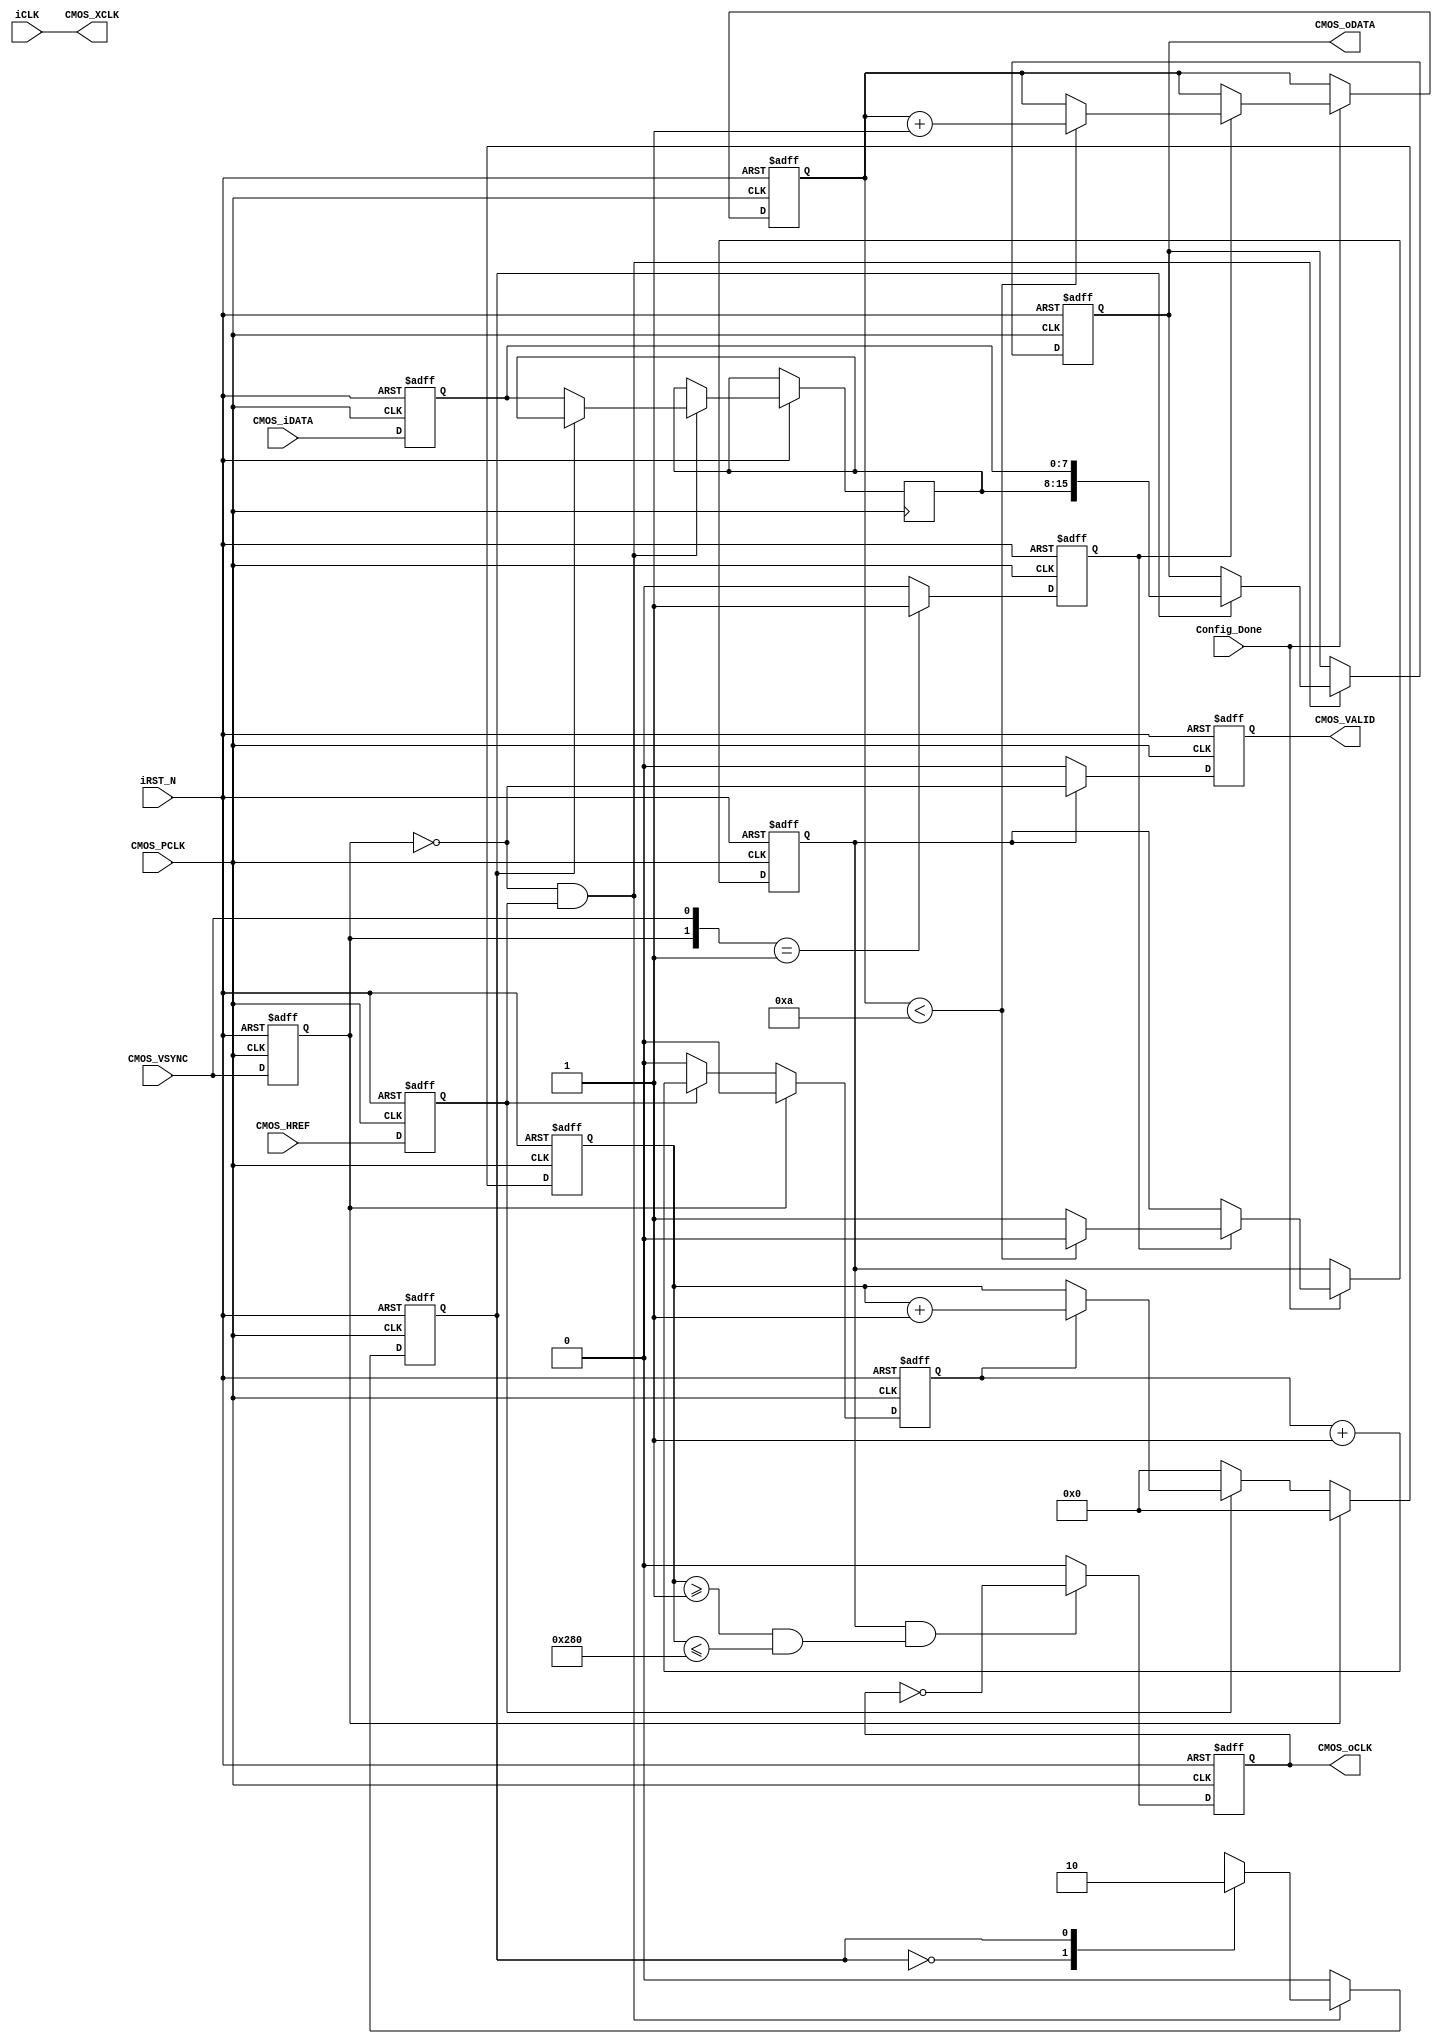
`timescale 1ns/1ns
module CMOS_Capture
(
	//Global Clock
	input				iCLK,			//25MHz
	input				iRST_N,

	//I2C Initilize Done
	input				Config_Done,	//Configure Done
	
	//Sensor Interface
	output				CMOS_XCLK,		//25MHz
	input				CMOS_PCLK,		//25MHz
	input	[7:0]		CMOS_iDATA,		//CMOS Data
	input				CMOS_VSYNC,		//L: Vaild
	input				CMOS_HREF,		//H: Vaild
	
	//Ouput Sensor Data
	output	reg			CMOS_oCLK,		//1/2 PCLK
	output	reg	[15:0]	CMOS_oDATA,		//16Bits RGB		
	output	reg			CMOS_VALID		//Data Enable
);

assign	CMOS_XCLK = iCLK;				//25MHz XCLK


//-----------------------------------------------------
////Sensor HS & VS Vaild Capture
/**************************************************
________							       ________
VS		|_________________________________|
HS			  _______	 	   _______
_____________|       |__...___|       |____________
**************************************************/
reg			mCMOS_VSYNC;
reg			mCMOS_HREF;
reg	[7:0]	mCMOS_iDATA;
reg			pos_CMOS_VSYNC;		//VSYNC
reg			neg_CMOS_HREF;	  	//HREF
always@(negedge CMOS_PCLK or negedge iRST_N)
begin
	if(!iRST_N)
		begin
		mCMOS_VSYNC <= 1;
		mCMOS_HREF <= 0;
		mCMOS_iDATA <= 0;
		pos_CMOS_VSYNC <= 0;
		neg_CMOS_HREF <= 0;
		end
	else
		begin
		mCMOS_VSYNC <= CMOS_VSYNC;		//
		mCMOS_HREF <= CMOS_HREF;		//
		mCMOS_iDATA <= CMOS_iDATA;		//CMOS
		pos_CMOS_VSYNC <= ({mCMOS_VSYNC,CMOS_VSYNC} == 2'b01) ? 1'b1 : 1'b0;	//VSYNC
		neg_CMOS_HREF <= ({mCMOS_HREF,CMOS_HREF} == 2'b10) ? 1'b1 : 1'b0;		//HREF 
		end
end

//--------------------------------------------
//Counter the HS & VS Pixel
localparam		H_DISP	=	12'd640;
localparam		V_DISP	=	12'd480;
reg		[11:0]	X_Cont;	//640
reg		[11:0]	Y_Cont;	//480
//-----------------------------------------------------
//X_Cont 
reg	byte_cnt;	//byte count
always@(posedge CMOS_PCLK or negedge iRST_N)
begin
	if(!iRST_N)
		begin
		byte_cnt <= 0;
		X_Cont <= 0;
		end
	else if(mCMOS_VSYNC == 1'b0)			//
		begin
		if(mCMOS_HREF)
			begin
			byte_cnt <= byte_cnt + 1'b1;	//RGB565 = {first_byte, second_byte}
			X_Cont <= (byte_cnt == 1'b1) ?  X_Cont + 1'b1 : X_Cont;
			end
		else
			begin
			byte_cnt <= 0;
			X_Cont <= 0;
			end
		end
	else
		begin
		byte_cnt <= 0;
		X_Cont <= 0;
		end
end

//-----------------------------------------------------
//Y_Cont
always@(posedge CMOS_PCLK or negedge iRST_N)
begin
	if(!iRST_N)
		Y_Cont <= 0;
	else if(mCMOS_VSYNC == 1'b0)
		begin
		if(neg_CMOS_HREF == 1'b1)		//HREF 
			Y_Cont <= Y_Cont + 1'b1;
		else
			Y_Cont <= Y_Cont;
		end
	else
		Y_Cont <= 0;
end

//-----------------------------------------------------
//Change the sensor data from 8 bits to 16 bits.
reg  data_change_state;
reg [7:0]  Pre_CMOS_iDATA;
always@(posedge CMOS_PCLK or negedge iRST_N)
begin
	if(!iRST_N)
		begin
		CMOS_oDATA <= 16'd0;
		data_change_state <= 1'b0;
		end
	else
		begin
		if(~mCMOS_VSYNC & mCMOS_HREF)		//{first_byte, second_byte} 
			case(data_change_state)
			1'b0 : 
				begin
				Pre_CMOS_iDATA[7:0] <= mCMOS_iDATA;
				data_change_state <= 1'b1;
				end
			1'b1 : 
				begin
				CMOS_oDATA <= {Pre_CMOS_iDATA[7:0], mCMOS_iDATA};
				data_change_state <= 1'b0;
				end
			default : 
				begin
				CMOS_oDATA <= CMOS_oDATA;
				data_change_state <= 1'b0;
				end
			endcase
		else
			begin
			CMOS_oDATA <= CMOS_oDATA;
			data_change_state <= 1'b0;
			end
		end
end


//--------------------------------------------
//Wait for Sensor output Data valid 10 Franme
reg	[3:0] 	Frame_Cont;
reg 		data_valid;
always@(posedge CMOS_PCLK or negedge iRST_N)
begin
	if(!iRST_N)
		begin
		Frame_Cont <= 0;
		data_valid <= 0;
		end
	else if(Config_Done)				//CMOS I2C
		begin
		if(pos_CMOS_VSYNC == 1'b1)		//VS1
			begin
			if(Frame_Cont < 10)
				begin
				Frame_Cont	<=	Frame_Cont + 1'b1;
				data_valid <= 1'b0;
				end
			else
				begin
				Frame_Cont	<=	Frame_Cont;
				data_valid <= 1'b1;		//
				end
			end
		end
end

//-----------------------------------------------------
//CMOS_DATA
always@(posedge CMOS_PCLK or negedge iRST_N)
begin
	if(!iRST_N)
		CMOS_oCLK <= 0;
	else if(data_valid == 1'b1 && (X_Cont >= 12'd1 && X_Cont <= H_DISP))
		CMOS_oCLK <= ~CMOS_oCLK;
	else
		CMOS_oCLK <= 0;
end

//----------------------------------------------------
//CMOS_VALID
always@(posedge CMOS_PCLK or negedge iRST_N)
begin
	if(!iRST_N)
		CMOS_VALID <= 0;
	else if(data_valid == 1'b1)
		CMOS_VALID <= ~mCMOS_VSYNC;
	else
		CMOS_VALID <= 0;
end

endmodule